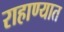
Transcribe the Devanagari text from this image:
राहाण्यात